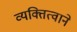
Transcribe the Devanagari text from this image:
व्यक्तित्वाने